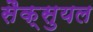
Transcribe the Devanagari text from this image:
सैक्सुयल